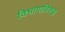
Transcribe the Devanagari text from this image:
विभागाविरुद्ध